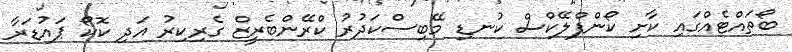
ބޯތައްޓެއްގައި ކާށި ކޯންފްލޭކްސް ކުނޑި މޭބިސްކަދުރު ކްރޭންބެރީޒް ގެރިކިރު އަދި ކޮކޯ ޕައުޑަރާ